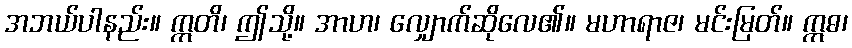
အဘယ်ပါနည်း။ ဣတိ၊ ဤသို့။ အာဟ၊ လျှောက်ဆိုလေ၏။ မဟာရာဇ၊ မင်းမြတ်။ ဣဓ၊